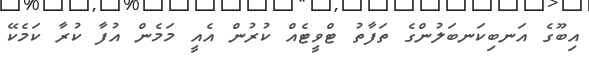
އިބޫގެ އަނބިކަނބަލުންގެ ތަފާތު ޓްވީޓެއް ކުރުން އެއީ މަމެން އުފާ ކުރާ ކަމެކޭ